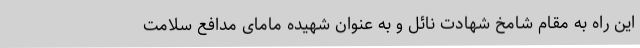
این راه به مقام شامخ شهادت نائل و به عنوان شهیده مامای مدافع سلامت